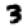
Digit: 3